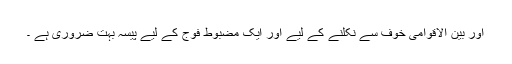
اور بین الاقوامی خوف سے نکلنے کے لیے اور ایک مضبوط فوج کے لیے پیسہ بہت ضروری ہے ۔